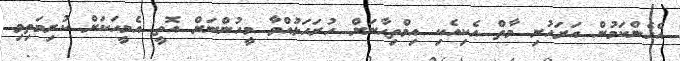
އެހެންކަމުން އަރަހުށި މާތް އެކިއެކި އިމްތިޙާނަށް ހުރަހަޅުއްވާ މީހުންނަށް އޮތީ އެމީހަކަށް ކުރިމަތިވި